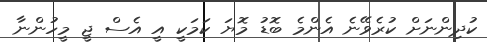
ކުދިންނަށް ކުރެވޭނެ އެންމެ ބޮޑު މޮޔަ ކަމަކީ އީ އެސް ޖީ މީހުންނާ